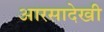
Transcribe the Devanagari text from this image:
आरसादेखी